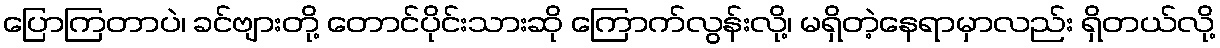
ပြောကြတာပဲ၊ ခင်ဗျားတို့ တောင်ပိုင်းသားဆို ကြောက်လွန်းလို့၊ မရှိတဲ့နေရာမှာလည်း ရှိတယ်လို့